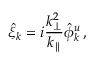
\hat { \xi } _ { k } = i \frac { k _ { \perp } ^ { 2 } } { k _ { \parallel } } \hat { \phi } _ { k } ^ { u } \, ,